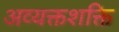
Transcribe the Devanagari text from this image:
अव्यक्तशक्ति